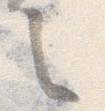
之